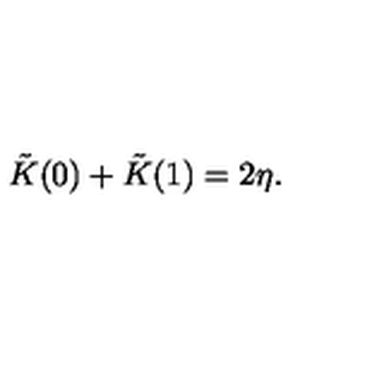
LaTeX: \tilde { K } ( 0 ) + \tilde { K } ( 1 ) = 2 \eta .